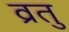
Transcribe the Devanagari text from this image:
व्रतु